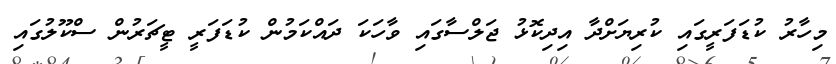
މިހާރު ކުޑަފަރީގައި ކުރިޔަށްދާ އިދިކޮޅު ޖަލްސާގައި ވާހަކަ ދައްކަމުން ކުޑަފަރީ ޓީޗަރުން ސްކޫލުގައި